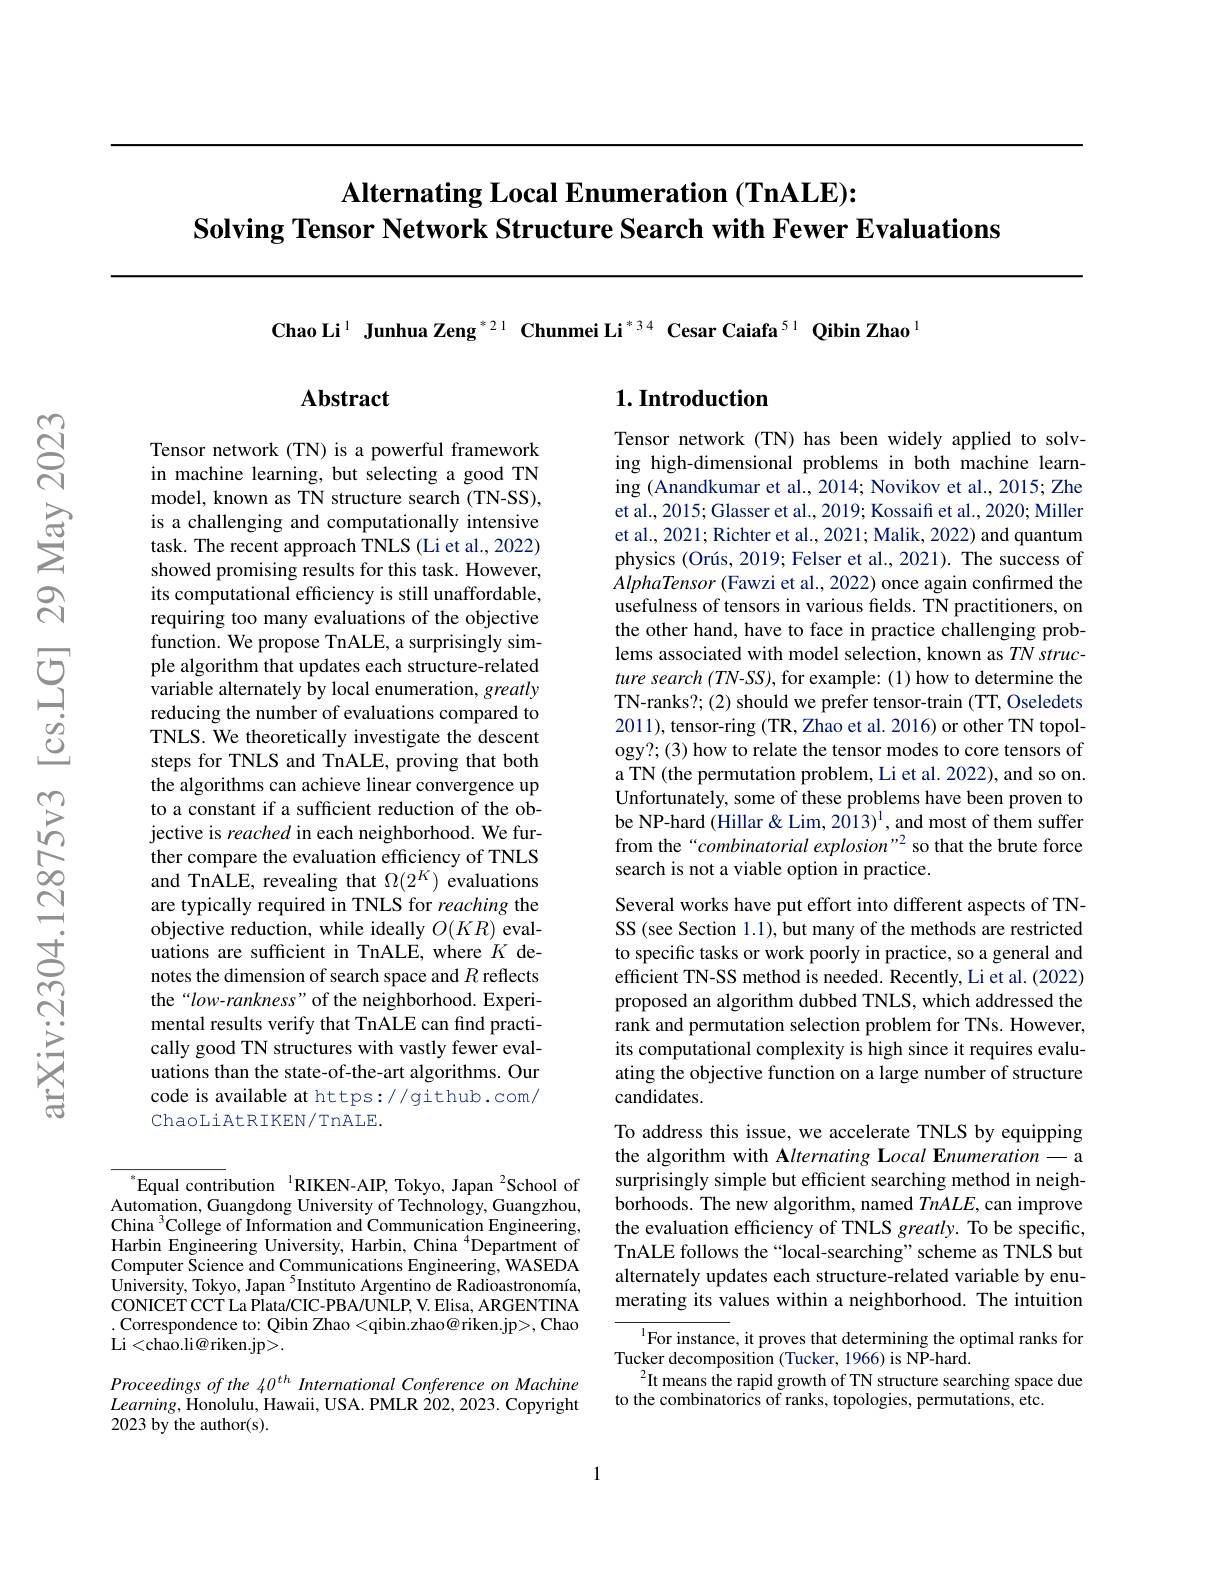
# $\textbf{Alternating Local Enumeration }( \textbf{TnALE}) {: }$ Solving Tensor Network Structure Search with Fewer Evaluations

Chao Li$^{1}$ Junhua Zeng$^{*21}\textbf{ChunmeiLi}^{*34}$ Cesar Caiafa$^{51}$ Qibin Zhao$^{1}$

## Abstract

### $1. \textbf{Introduction}$

Tensor network (TN) is a powerful framework in machine learning, but selecting a good TN model, known as TN structure search (TN-SS), is a challenging and computationally intensive task. The recent approach TNLS (Li et al., 2022) showed promising results for this task. However, its computational efficiency is still unaffordable, requiring too many evaluations of the objective function. We propose TnALE, a surprisingly simple algorithm that updates each structure-related variable alternately by local enumeration, greatly reducing the number of evaluations compared to TNLS. We theoretically investigate the descent steps for TNLS and TnALE, proving that both the algorithms can achieve linear convergence up to a constant if a sufficient reduction of the objective is reached in each neighborhood. We further compare the evaluation efficiency of TNLS and TnALE, revealing that $\Omega(2^K)$ evaluations are typically required in TNLS for reaching the objective reduction, while ideally $O(KR)$ evaluations are sufficient in TnALE, where $K$ denotes the dimension of search space and $R$ reflects the“low-rankness”of the neighborhood. Experimental results verify that TnALE can find practically good TN structures with vastly fewer evaluations than the state-of-the-art algorithms. Our code is available at https://github.com/ ChaoLiAtRIKEN/TnALE.

$^{*}$Equal contribution$^{1}$RIKEN-AIP, Tokyo, Japan$^{2}$School of Automation, Guangdong University of Technology, Guangzhou, China $^{3}$College of Information and Communication Engineering $\bar{\text{Harbin Engineering University, Harbin, China }^{4}}\bar{\text{Department of}}$ Computer Science and Communications Engineering, WASEDA University, Tokyo, Japan $^{5}$Instituto Argentino de Radioastronomía, CONICET CCT La Plata/ CIC- PBA/ UNLP, V. Elisa, ARGENTINA .Correspondence to: Qibin Zhao <qibin.zhao@riken.jp>, Chao Li <chao.li@ riken.jp>.

Proceedings of the 40$^{th}$ International Conference on Machine $Learning$,Honolulu, Hawaii, USA. PMLR 202,2023. Copyright 2023 by the author(s).

Tensor network (TN) has been widely applied to solving high-dimensional problems in both machine learning (Anandkumar et al., 2014; Novikov et al., 2015; Zhe et al., 2015; Glasser et al., 2019; Kossaifi et al., 2020; Miller et al., 2021; Richter et al., 2021; Malik, 2022) and quantum physics (Orús, 2019; Felser et al., 2021). The success of AlphaTensor (Fawzi et al., 2022) once again confirmed the usefulness of tensors in various fields. TN practitioners, on the other hand, have to face in practice challenging problems associated with model selection, known as $TN\textit{struc- }$ ture search (TN-SS), for example: (1) how to determine the TN-ranks?; (2) should we prefer tensor-train (TT, Oseledets 2011), tensor-ring (TR, Zhao et al. 2016) or other TN topology?; (3) how to relate the tensor modes to core tensors of a TN (the permutation problem, Li et al. 2022), and so on. Unfortunately, some of these problems have been proven to be NP-hard (Hillar & Lim, 2013)$^{\mathrm{l}}$, and most of them suffer from the“combinatorial explosion”2 so that the brute force search is not a viable option in practice.
Several works have put effort into different aspects of TNSS (see Section 1.1), but many of the methods are restricted to specific tasks or work poorly in practice, so a general and efficient TN-SS method is needed. Recently, Li et al. (2022) proposed an algorithm dubbed TNLS, which addressed the rank and permutation selection problem for TNs. However, its computational complexity is high since it requires evaluating the objective function on a large number of structure candidates.
To address this issue, we accelerate TNLS by equipping the algorithm with Alternating Local Enumeration-a surprisingly simple but efficient searching method in neighborhoods. The new algorithm, named TnALE,can improve the evaluation efficiency of TNLS greatly. To be specific, TnALE follows the“local-searching”scheme as TNLS but alternately updates each structure-related variable by enumerating its values within a neighborhood. The intuition
$^{1}$For instance, it proves that determining the optimal ranks for
Tucker decomposition (Tucker, 1966) is NP-hard.
$^{2}$It means the rapid growth of TN structure searching space due

to the combinatorics of ranks, topologies, permutations, etc.

1